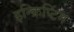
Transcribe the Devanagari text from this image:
इन्क्रिप्टिंग